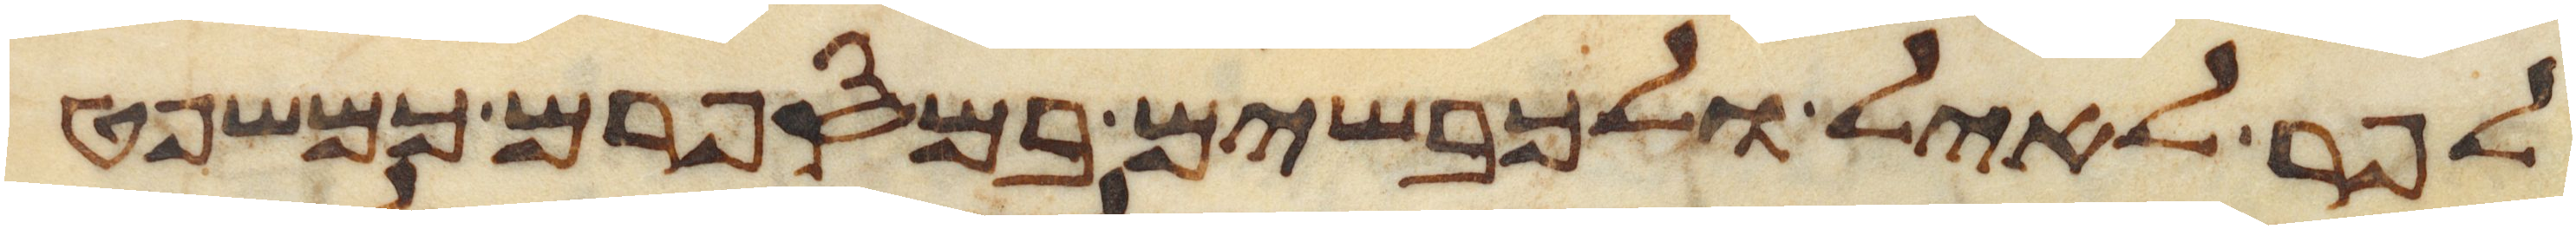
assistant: לפר לאיל ולכבשים במספרם כמשפט